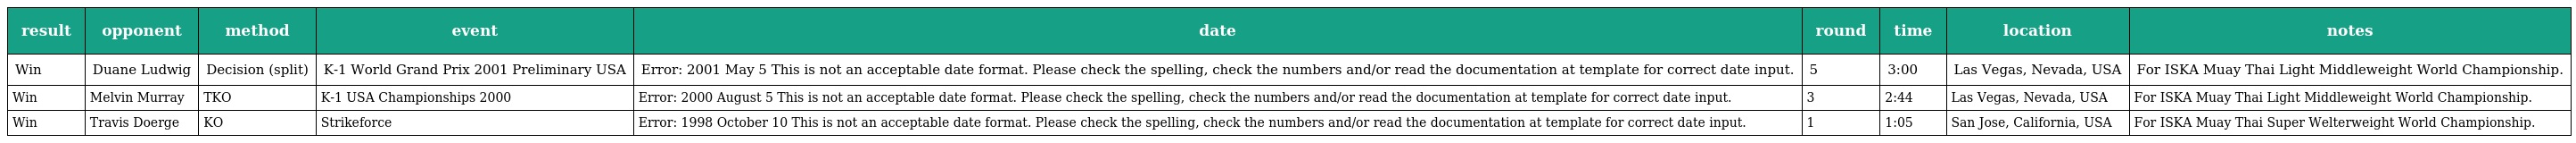
| result | opponent | method | event | date | round | time | location | notes |
 | --- | --- | --- | --- | --- | --- | --- | --- | --- |
 | Win | Duane Ludwig | Decision (split) | K-1 World Grand Prix 2001 Preliminary USA | Error: 2001 May 5 This is not an acceptable date format. Please check the spelling, check the numbers and/or read the documentation at template for correct date input. | 5 | 3:00 | Las Vegas, Nevada, USA | For ISKA Muay Thai Light Middleweight World Championship. |
 | Win | Melvin Murray | TKO | K-1 USA Championships 2000 | Error: 2000 August 5 This is not an acceptable date format. Please check the spelling, check the numbers and/or read the documentation at template for correct date input. | 3 | 2:44 | Las Vegas, Nevada, USA | For ISKA Muay Thai Light Middleweight World Championship. |
 | Win | Travis Doerge | KO | Strikeforce | Error: 1998 October 10 This is not an acceptable date format. Please check the spelling, check the numbers and/or read the documentation at template for correct date input. | 1 | 1:05 | San Jose, California, USA | For ISKA Muay Thai Super Welterweight World Championship. |